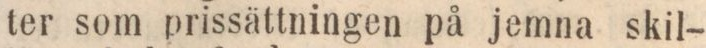
ter som prissättningen på jemna skil-